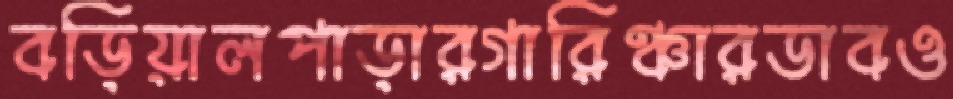
বড়িয়ালপাড়ারগারিঞ্চারডাবও